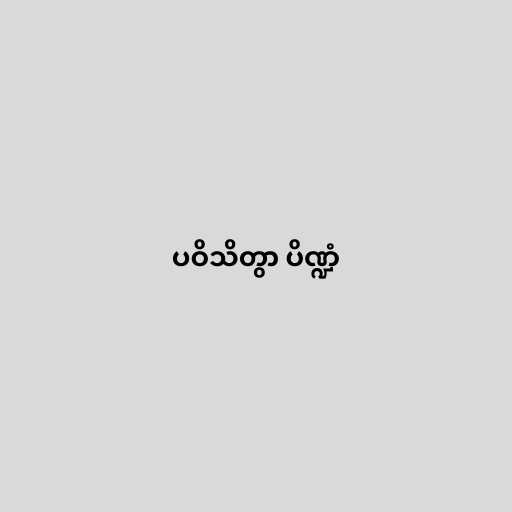
ပဝိသိတွာ ပိဏ္ဍံ